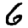
Digit: 6